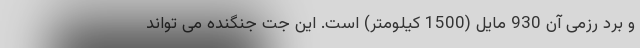
و برد رزمی آن 930 مایل (1500 کیلومتر) است. این جت جنگنده می تواند